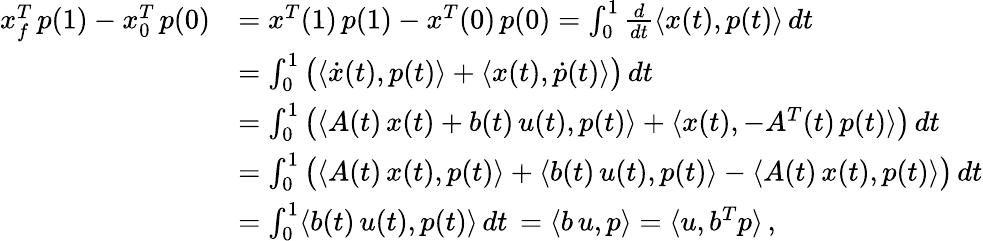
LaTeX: \begin{array}{rl}{x_{f}^{T}\, p(1)-x_{0}^{T}\, p(0)}&{=x^{T}(1)\, p(1)-x^{T}(0)\, p(0)=\int_{0}^{1}\frac{d}{dt}\langle x(t),p(t)\rangle\, dt}\\ &{=\int_{0}^{1}\big(\langle\dot{x}(t),p(t)\rangle+\langle x(t),\dot{p}(t)\rangle\big)\, dt}\\ &{=\int_{0}^{1}\big(\langle A(t)\, x(t)+b(t)\, u(t),p(t)\rangle+\langle x(t),-A^{T}(t)\, p(t)\rangle\big)\, dt}\\ &{=\int_{0}^{1}\big(\langle A(t)\, x(t),p(t)\rangle+\langle b(t)\, u(t),p(t)\rangle-\langle A(t)\, x(t),p(t)\rangle\big)\, dt}\\ &{=\int_{0}^{1}\langle b(t)\, u(t),p(t)\rangle\, dt\, =\langle b\, u,p\rangle=\langle u,b^{T}p\rangle\, ,}\end{array}